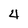
Character: 4